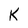
Character: k